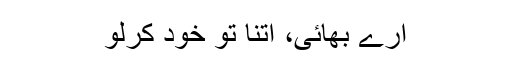
ارے بھائی، اتنا تو خود کرلو